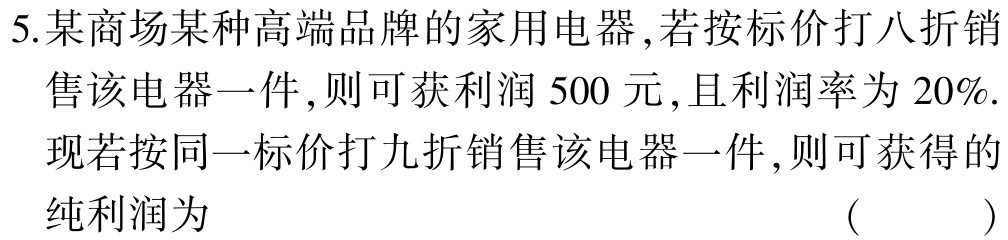
5.某商场某种高端品牌的家用电器，若按标价打八折销售该电器一件，则可获利润500元，且利润率为20%.现若按同一标价打九折销售该电器一件，则可获得的纯利润为 （  ）